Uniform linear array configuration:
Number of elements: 12
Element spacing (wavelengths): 0.5
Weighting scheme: hann
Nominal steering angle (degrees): -60
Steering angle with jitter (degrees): -59.841
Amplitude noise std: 0.05
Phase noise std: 0.05

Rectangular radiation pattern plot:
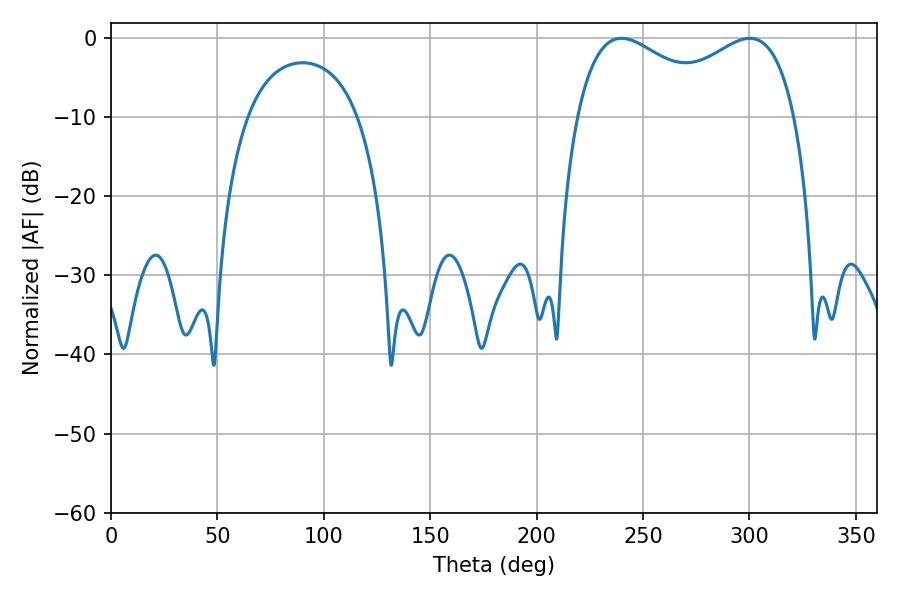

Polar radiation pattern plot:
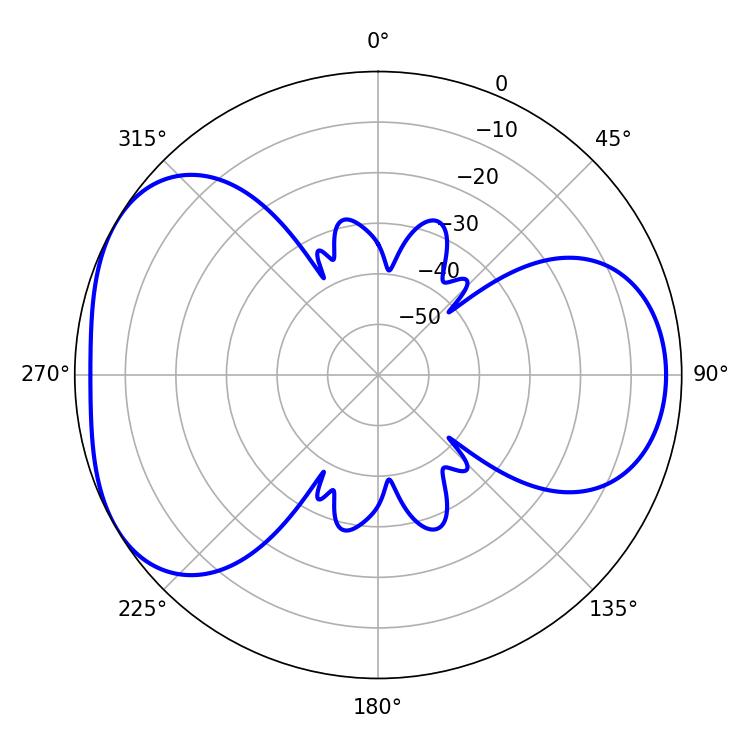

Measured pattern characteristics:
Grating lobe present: FALSE
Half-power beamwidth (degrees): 39.42
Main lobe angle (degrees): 239.94